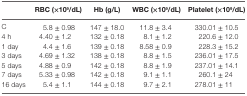
|  | RBC (×109/dL) | Hb (g/L) | WBC (×109/dL) | Platelet (×109/dL) |
 | --- | --- | --- | --- | --- |
 | C | 5.8 ± 0.98 | 147 ± 18.0 | 11.8 ± 3.4 | 330.01 ± 10.5 |
 | 4 h | 4.40 ± 1.2 | 132 ± 0.18 | 8.1 ± 1.2 | 220.6 ± 12.0 |
 | 1 day | 4.4 ± 1.6 | 139 ± 0.18 | 8.58 ± 0.9 | 228.3 ± 15.2 |
 | 3 days | 4.69 ± 1.32 | 138 ± 0.18 | 8.8 ± 1.5 | 236.01 ± 17.5 |
 | 5 days | 4.88 ± 0.9 | 142 ± 0.18 | 8.8 ± 1.9 | 237.01 ± 14.1 |
 | 7 days | 5.33 ± 0.98 | 142 ± 0.18 | 9.1 ± 1.1 | 260.1 ± 24 |
 | 16 days | 5.4 ± 1.1 | 144 ± 0.18 | 9.7 ± 2.1 | 278.01 ± 11 |